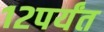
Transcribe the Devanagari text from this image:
१२पर्यंत